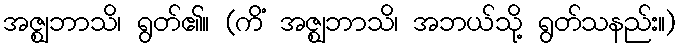
အဇ္ဈဘာသိ၊ ရွတ်၏။ (ကိံ အဇ္ဈဘာသိ၊ အဘယ်သို့ ရွတ်သနည်း။)